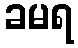
ခမရ